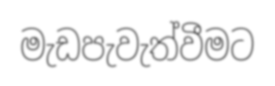
මැඩපැවැත්වීමට